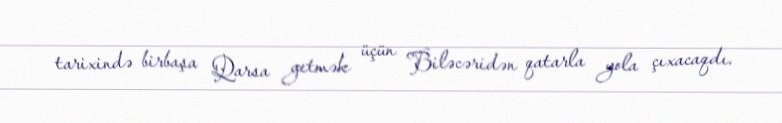
tarixində birbaşa Qarsa getmək üçün Biləcəridən qatarla yola çıxacaqdı.